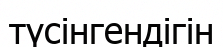
түсінгендігін